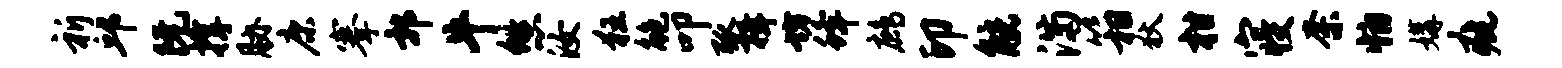
祈邱阮撑胁康搴郭牛悠汝狂鲍叩弧揖坊蜂鹧印觥满箱狄柑寝奈怕媾疵